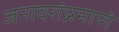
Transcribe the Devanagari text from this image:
जनावरांप्रमाणे